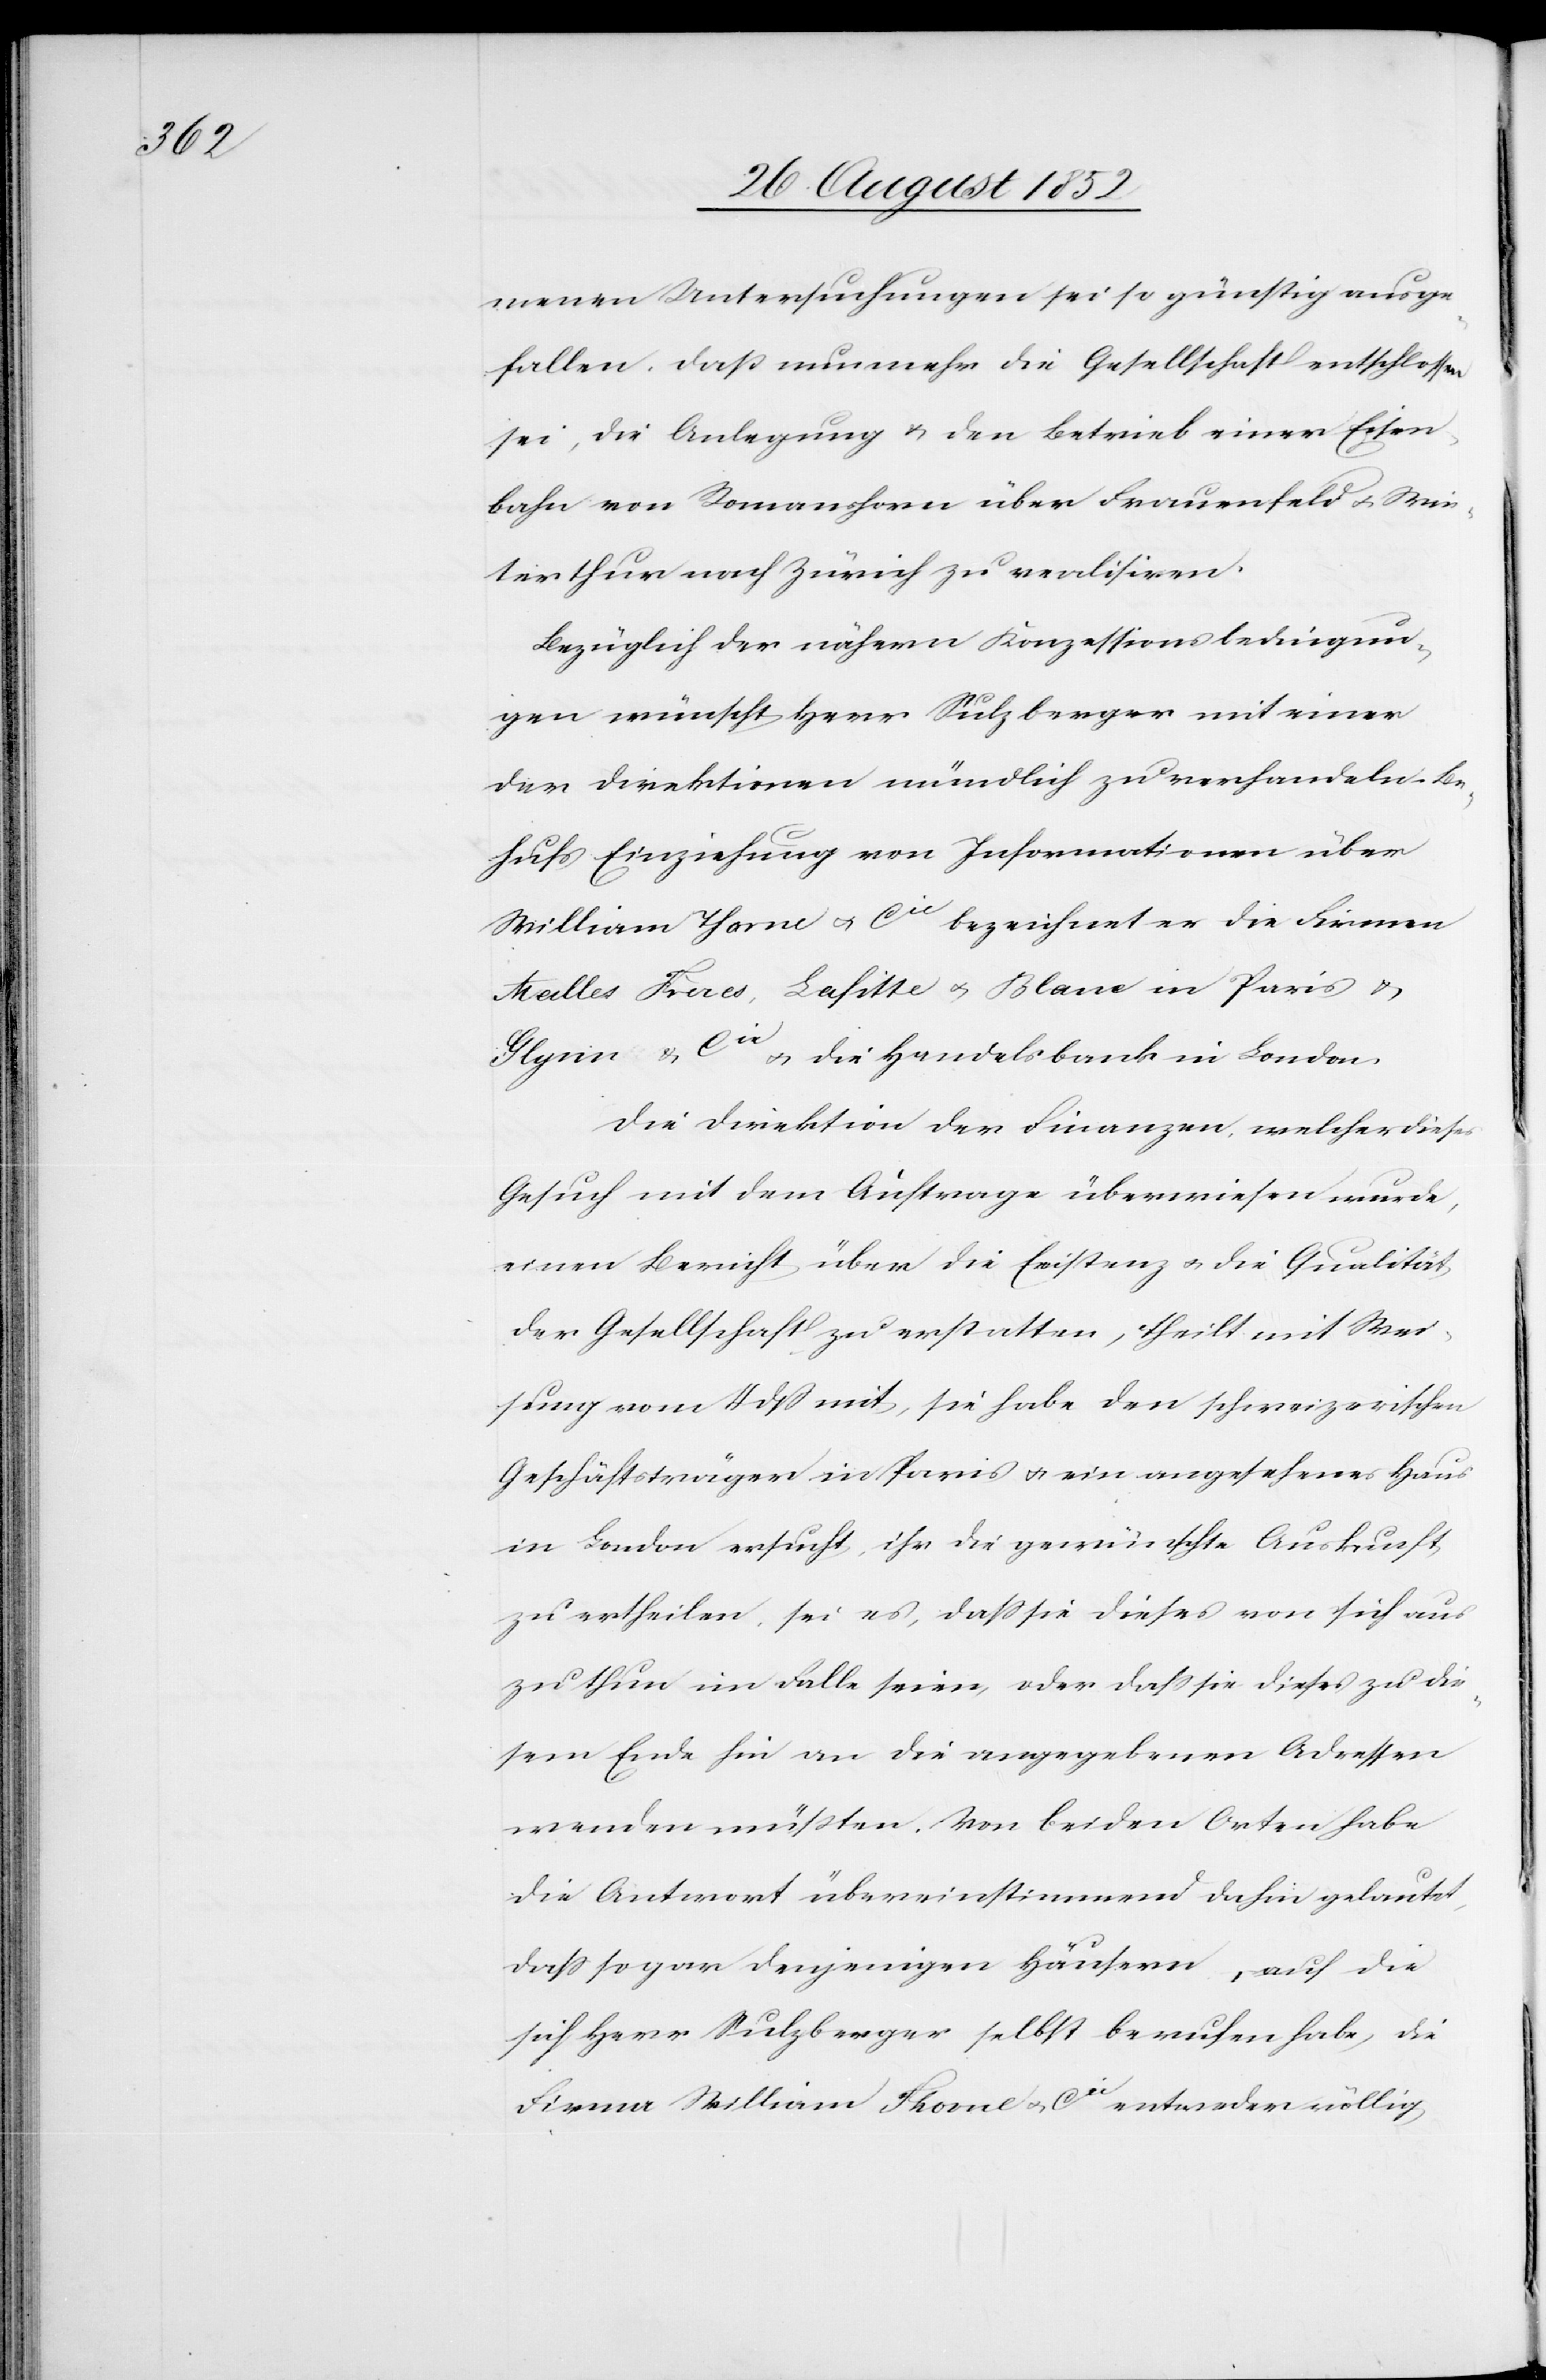
menen Untersuchungen sei so günstig ausge¬
fallen, daß nunmehr die Gesellschaft entschlossen
sei, die Anlegung & den Betrieb einer Eisen¬
bahn von Romanshorn über Frauenfeld & Win¬
terthur nach Zürich zu realisiren.
Bezüglich der nähern Konzessionsbedingun¬
gen wünscht Herr Sulzberger mit einer
der Direktionen mündlich zu verhandeln – Be¬
hufs Einziehung von Informationen über
William Thorne & Cie bezeichnet er die Firmen
[?Mei]lles Frères, Lafitte & Blanc in Paris &
Glynn & Cie & die Handelsbank in London
Die Direktion der Finanzen, welcher dieses
Gesuch mit dem Auftrage überwiesen wurde,
einen Bericht über die Existenz & die Qualität
der Gesellschaft zu erstatten, theilt mit Wei¬
sung vom 4 dß mit, sie habe den schweizerischen
Geschäftsträger in Paris & ein angesehenes Haus
in London ersucht, ihr die gewünschte Auskunft
zu ertheilen, sei es, dass sie dieses von sich aus
zu thun im Falle seien, oder dass sie dieses zu die¬
sem Ende hin an die angegebenen Adressen
wenden müßten. Von beiden Orten habe
die Antwort übereinstimmend dahin gelautet,
dass sogar denjenigen Häusern, auf die
sich Herr Sulzberger selbst berufen habe, die
Firma William Thorne & Cie entweder völlig